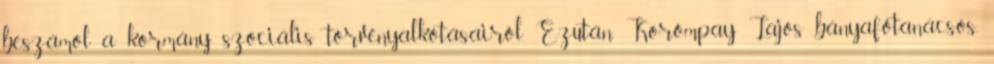
beszámol a kormány szociális törvényalkotásairól. Ezután Korompay Lajos bányafőtanácsos,